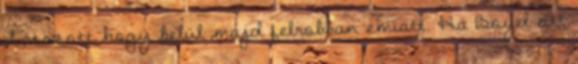
Látszott hogy belül majd felrobban emiatt. Ha Boyd ott